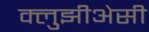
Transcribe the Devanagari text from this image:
क्लुझीअेसी